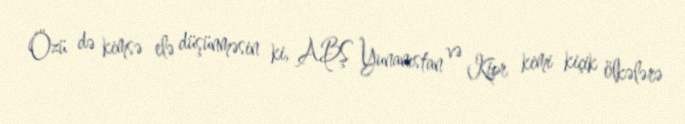
Özü də kimsə elə düşünməsin ki, ABŞ Yunanıstan və Kipr kimi kiçik ölkələrə